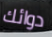
دوائك